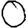
Digit: 0